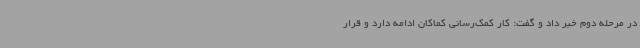
در مرحله دوم خبر داد و گفت: کار کمک‌رسانی کماکان ادامه دارد و قرار